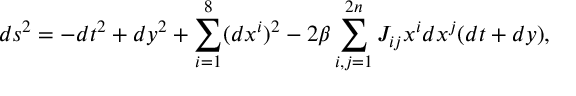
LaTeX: d s ^ { 2 } = - d t ^ { 2 } + d y ^ { 2 } + \sum _ { i = 1 } ^ { 8 } ( d x ^ { i } ) ^ { 2 } - 2 \beta \sum _ { i , j = 1 } ^ { 2 n } J _ { i j } x ^ { i } d x ^ { j } ( d t + d y ) ,